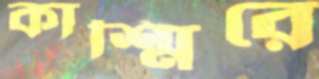
কাশ্মিরে